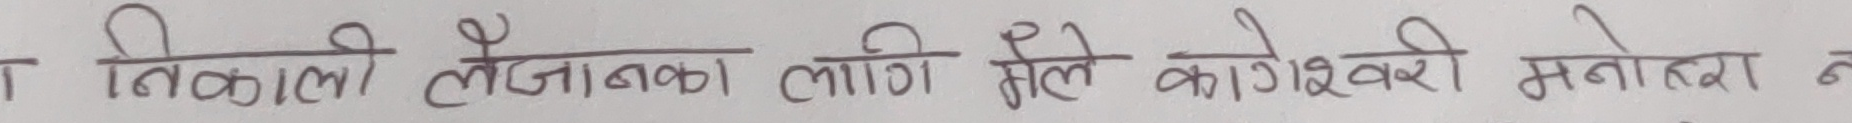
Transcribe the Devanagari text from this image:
तत्काली तैजाबका लागि मैले कागेश्वरी मनोहरा न